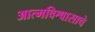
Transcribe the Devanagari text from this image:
आत्मविश्वासाचे